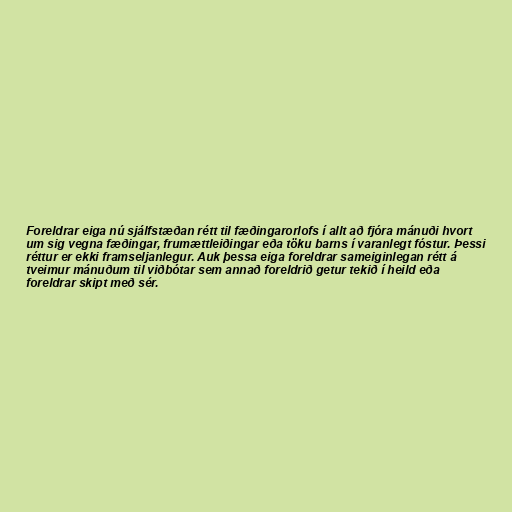
Foreldrar eiga nú sjálfstæðan rétt til fæðingarorlofs í allt að fjóra mánuði hvort
um sig vegna fæðingar, frumættleiðingar eða töku barns í varanlegt fóstur. Þessi
réttur er ekki framseljanlegur. Auk þessa eiga foreldrar sameiginlegan rétt á
tveimur mánuðum til viðbótar sem annað foreldrið getur tekið í heild eða
foreldrar skipt með sér.